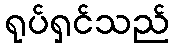
ရုပ်ရှင်သည်